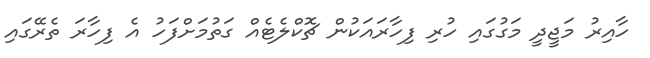
ހާއިރު މަޖީދީ މަގުގައި ހުރި ފިހާރައަކުން ޗޮކްލެޓެއް ގަތުމަށްފަހު އެ ފިހާރަ ތެރޭގައި